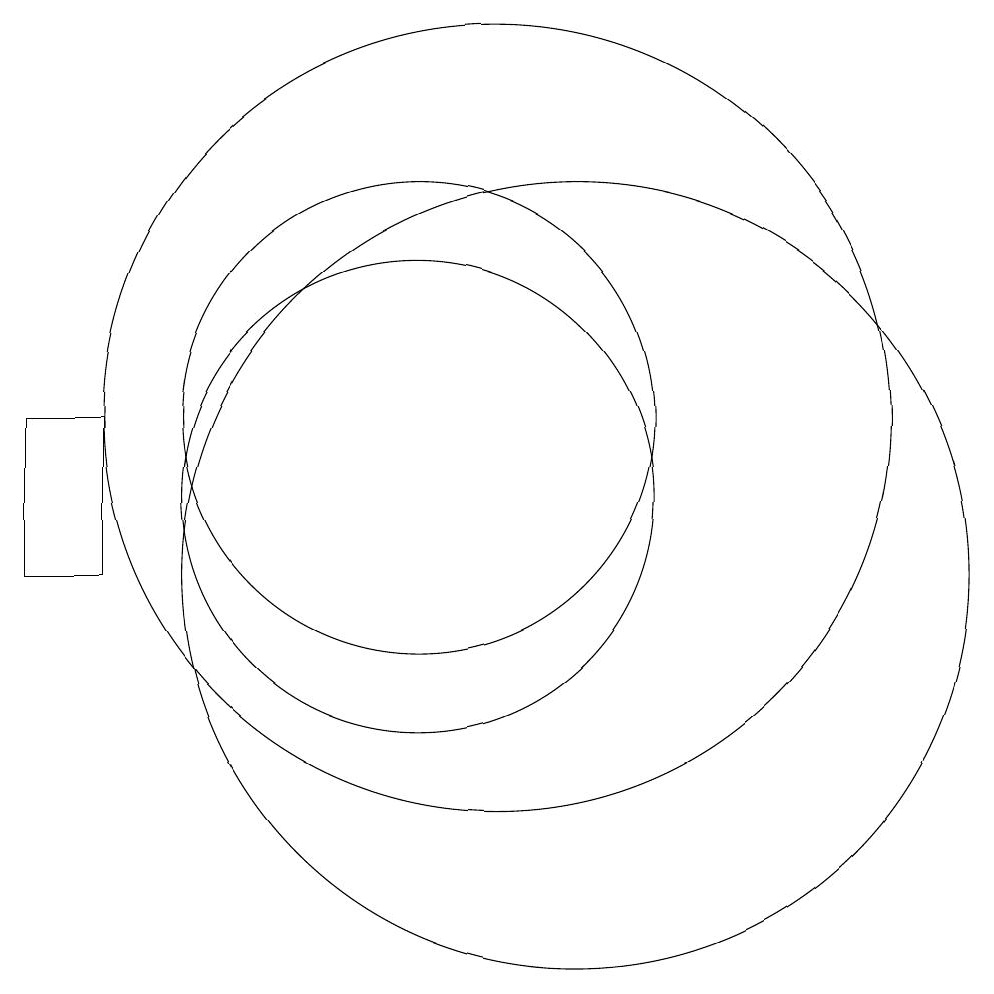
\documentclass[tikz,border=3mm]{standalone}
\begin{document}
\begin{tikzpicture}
\draw (5,12) rectangle (6,10);
\draw (11,12) circle (5);
\draw (10,12) circle (3);
\draw (12,10) circle (5);
\draw (10,11) circle (3);
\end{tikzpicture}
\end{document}